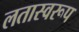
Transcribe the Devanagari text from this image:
लतास्वरूप